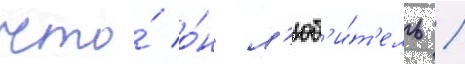
что́ о́н л'юб'и́т'ель /